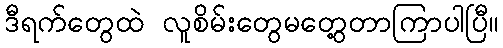
ဒီရက်တွေထဲ လူစိမ်းတွေမတွေ့တာကြာပါပြီ။